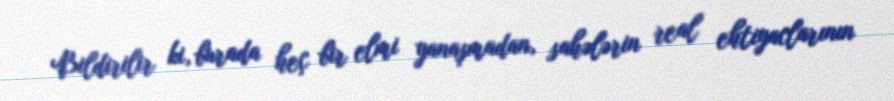
Bildirilir ki, burada heç bir elmi yanaşmadan, sahələrin real ehtiyaclarının